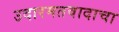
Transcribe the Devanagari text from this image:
उदारमतवादाचा